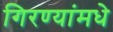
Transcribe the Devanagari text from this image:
गिरण्यांमधे